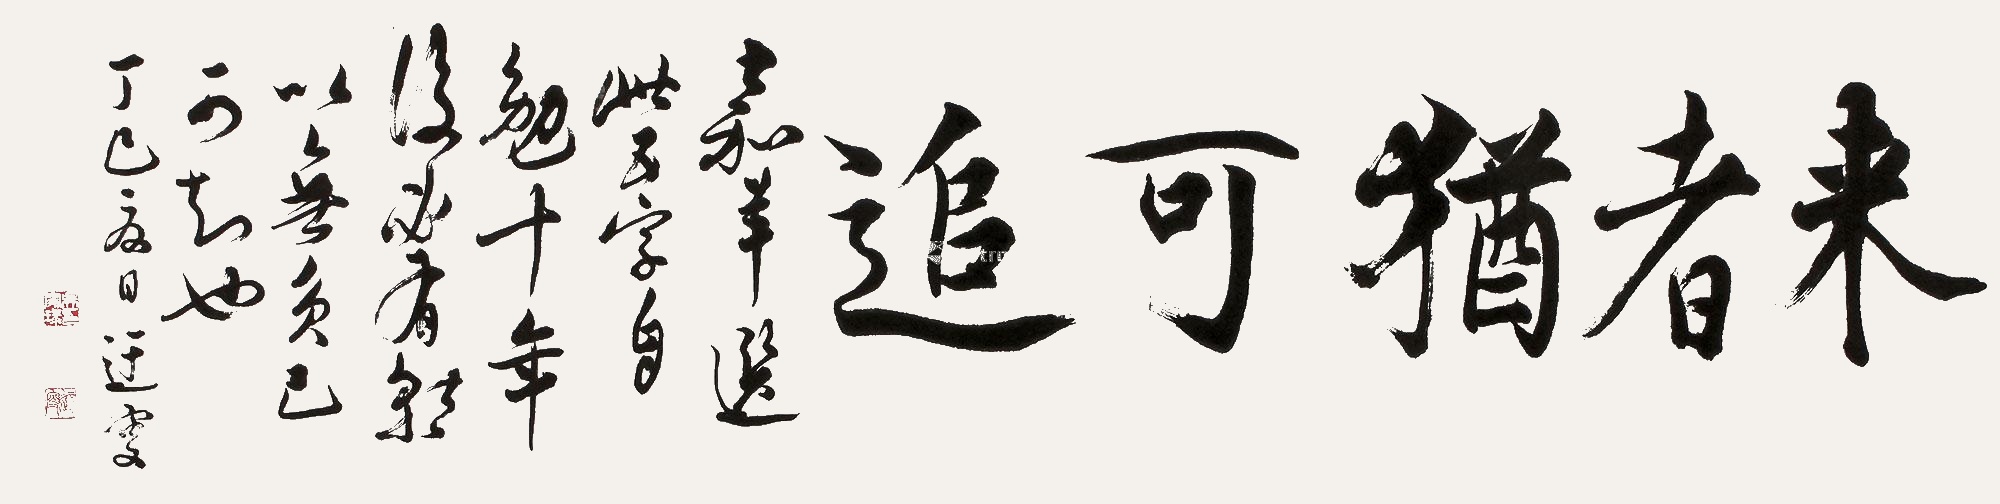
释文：来者犹可追。嘉羊选此五字自勉，十年后必有就以无负己可知也。丁巳夏日，迂叟。